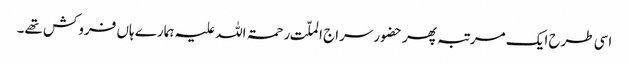
اسی طرح ایک مرتبہ پھر حضور سراج الملّت رحمۃ اللہ علیہ ہمارے ہاں فروکش تھے۔